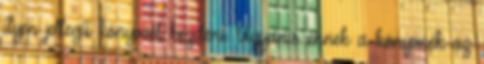
ilyen jellegű könyvvel kezdeni. Ugyanis ennek a könyvnek az